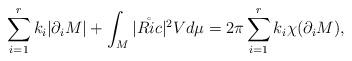
LaTeX: \begin{align*} \sum_{i=1}^{r} k_{i}|\partial_i M| + \int_{M} |\mathring{Ric}|^2 Vd\mu = 2\pi\sum_{i=1}^{r}k_i\chi(\partial_{i} M),\end{align*}